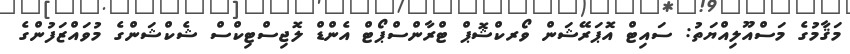
މަޤާމުގެ މަސްއޫލިއްޔަތު: ސައިޓް އޮޕަރޭޝަން ވޯރކްޝޮޕް ޓްރާންސްޕޯޓް އެންޑް ލޮޖިސްޓިކްސް ޝެކްޝަންގެ މުވައްޒަފުންގެ